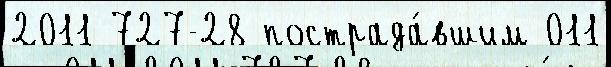
2011 727-28 пострада́вшим 011